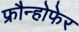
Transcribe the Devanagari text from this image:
फ्रौन्होफेर